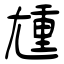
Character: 尰